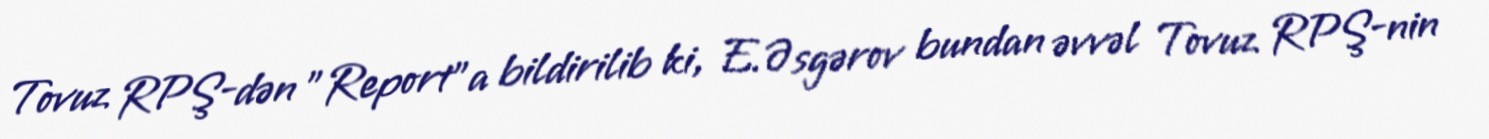
Tovuz RPŞ-dən "Report"a bildirilib ki, E.Əsgərov bundan əvvəl Tovuz RPŞ-nin